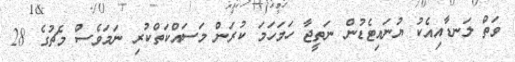
ވަތް ލަނޑާއިއެކު ޔުނައިޓެޑުން ނަތީޖާ ހަމަހަމަ ކުރަން މަސައްކަތްކުރި ނަމަވެސް މެޗުގެ 28